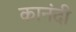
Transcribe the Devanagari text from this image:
कानंदी